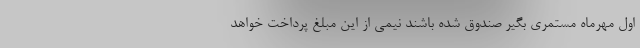
اول مهرماه مستمری بگیر صندوق شده باشند نیمی از این مبلغ پرداخت خواهد